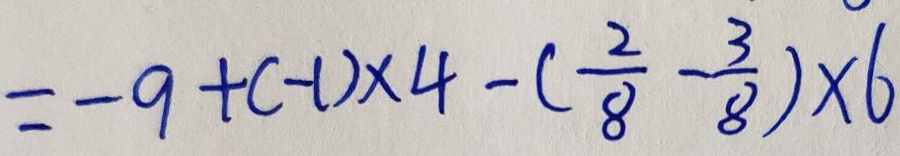
= - 9 + ( - 1 ) \times 4 - ( \frac { 2 } { 8 } - \frac { 3 } { 8 } ) \times 6